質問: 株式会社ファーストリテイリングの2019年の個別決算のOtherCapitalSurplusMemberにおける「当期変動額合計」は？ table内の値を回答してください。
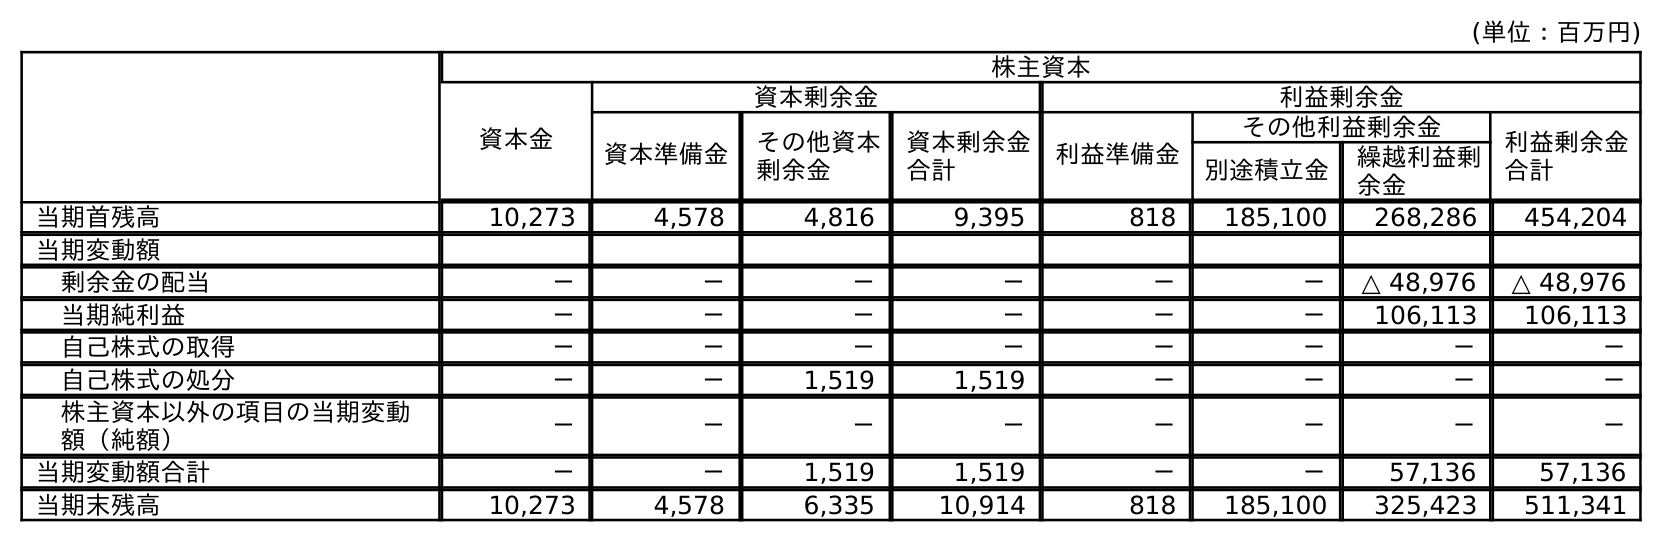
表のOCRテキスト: (単位：百万円) 株主資本 資本金 資本剰余金 利益剰余金 資本準備金 その他資本 剰余金 資本剰余金 合計 利益準備金 その他利益剰余金 利益剰余金 合計 別途積立金 繰越利益剰 余金 当期首残高 10,273 4,578 4,816 9,395 818 185,100 268,286 454,204 当期変動額 剰余金の配当 － － － － － － △ 48,976 △ 48,976 当期純利益 － － － － － － 106,113 106,113 自己株式の取得 － － － － － － － － 自己株式の処分 － － 1,519 1,519 － － － － 株主資本以外の項目の当期変動 額（純額） － － － － － － － － 当期変動額合計 － － 1,519 1,519 － － 57,136 57,136 当期末残高 10,273 4,578 6,335 10,914 818 185,100 325,423 511,341
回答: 1,519